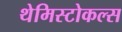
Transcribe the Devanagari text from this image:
थेमिस्टोकल्स